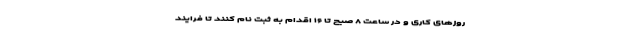
روز‌های کاری و در ساعت ۸ صبح تا ۱۶ اقدام به ثبت نام کنند تا فرایند